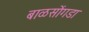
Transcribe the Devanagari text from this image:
बाळसोंगडा